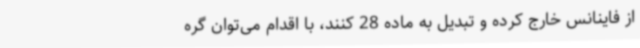
از فاینانس خارج کرده و تبدیل به ماده 28 کنند، با اقدام می‌توان گره